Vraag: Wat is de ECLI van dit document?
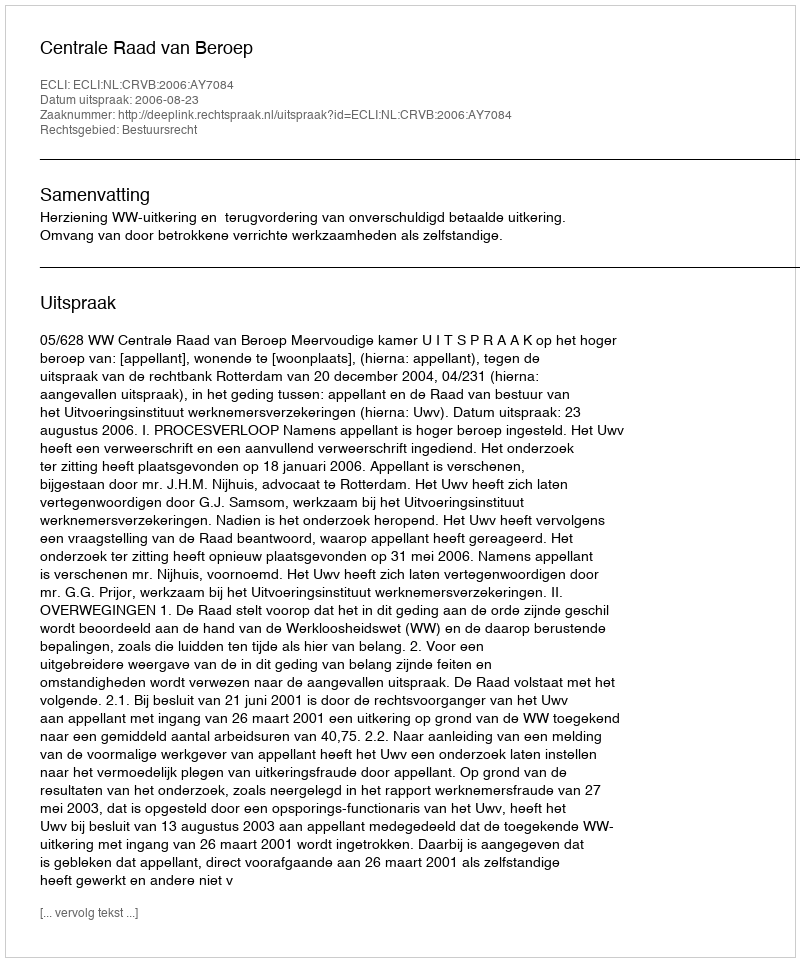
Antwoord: ECLI:NL:CRVB:2006:AY7084